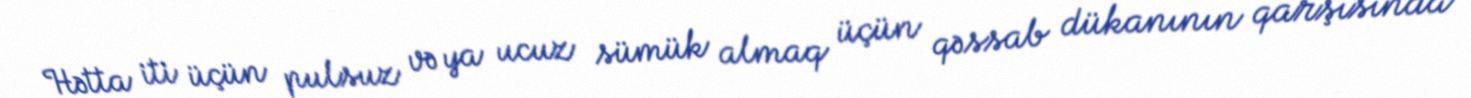
Hətta iti üçün pulsuz və ya ucuz sümük almaq üçün qəssab dükanının qarşısında